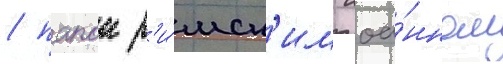
/ папои р'и́мск'им иоа́нном